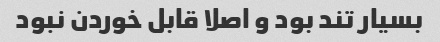
بسیار تند بود و اصلا قابل خوردن نبود